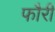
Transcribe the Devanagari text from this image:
फौरी